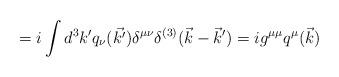
LaTeX: \begin{align*}=i \int d^3 k' q_\nu (\vec{k'}) \delta^{\mu \nu}\delta^{(3)} (\vec{k}-\vec{k}') = i g^{\mu \mu}q^\mu (\vec{k}) \end{align*}